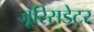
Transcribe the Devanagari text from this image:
जूरिसडेटर